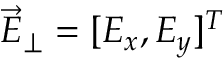
\vec { E } _ { \perp } = [ E _ { x } , E _ { y } ] ^ { T }